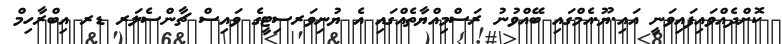
ކޮށްދެއްވައިފައިވަނީ އައި.ޔޫ.އެމްގައި ބޭއްވުނު ރަސްމިއްޔާތެއްގައި އެ ޔުނިވަރސިޓީގެ ވައިސް ޗާންސެލަރ ޑރ އިބްރާހިމް